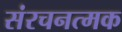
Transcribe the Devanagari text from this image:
संरचनत्मक